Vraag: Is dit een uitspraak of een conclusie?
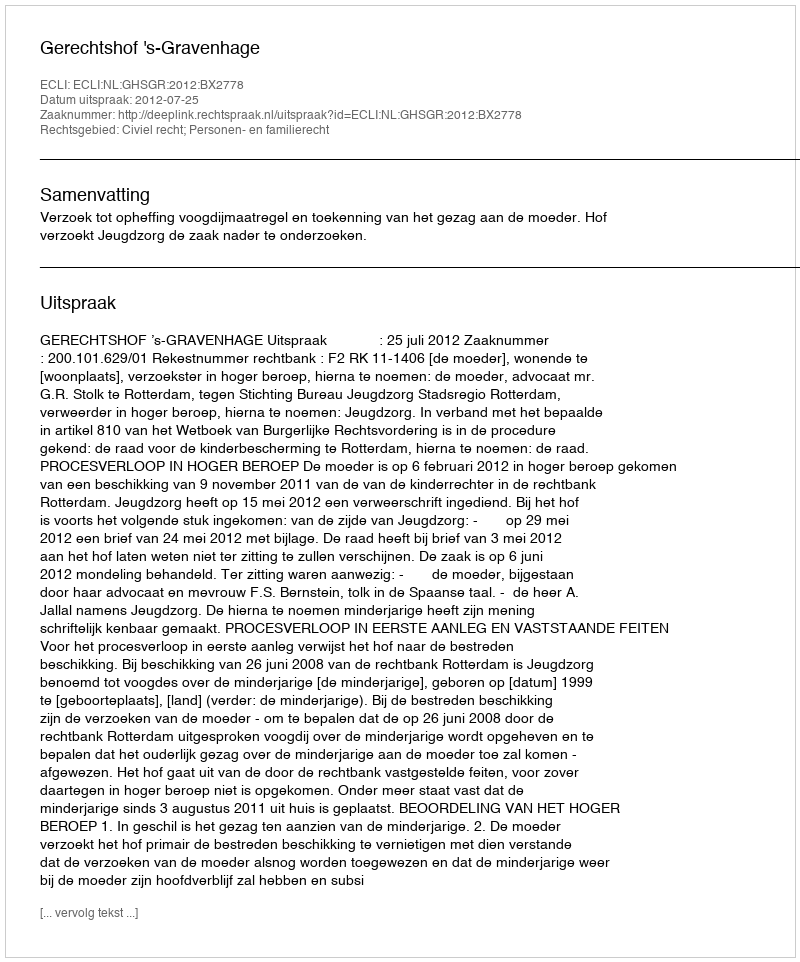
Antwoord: Uitspraak